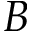
B